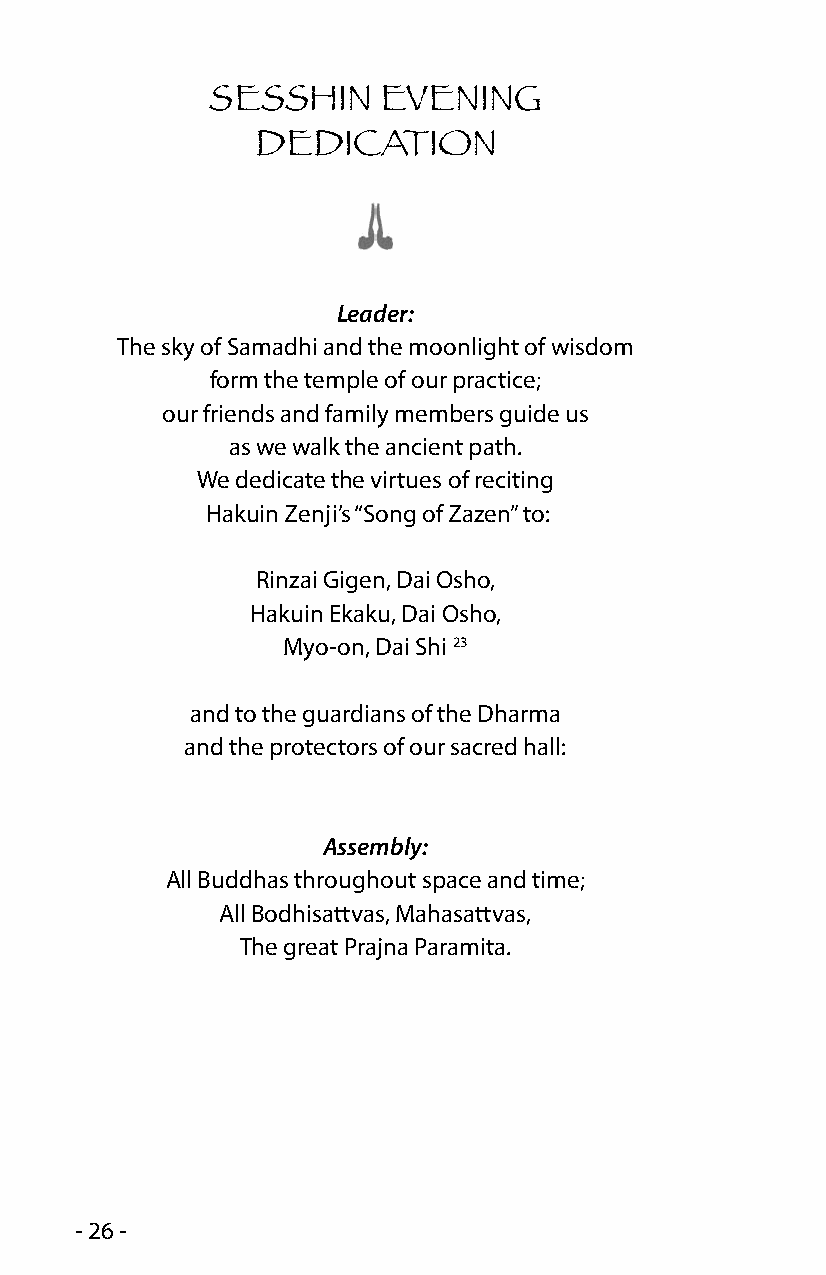
SESSHIN    EVENING
 DEDICATION
 Leader:
 The sky of Samadhi and the moonlight of wisdom
 form the temple of our practice;
 our friends and family members guide us
 as we walk the ancient path.
 We dedicate the virtues of reciting
 Hakuin Zenji’s “Song of Zazen” to:
 Rinzai Gigen, Dai Osho,
 Hakuin Ekaku, Dai Osho,
 Myo-on, Dai Shi 23
 and to the guardians of the Dharma
 and the protectors of our sacred hall:
 Assembly:
 All Buddhas throughout space and time;
 All Bodhisattvas, Mahasattvas,
 The great Prajna Paramita.
 - 26 -